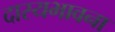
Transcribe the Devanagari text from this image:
दास्यभावना